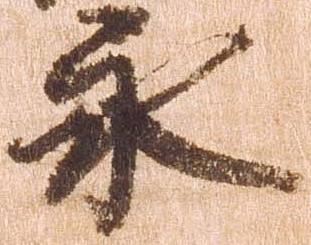
永